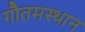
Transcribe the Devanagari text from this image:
गौतमस्थान